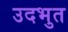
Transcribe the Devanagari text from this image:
उदभुत